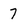
Character: 7